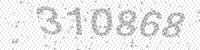
Solution: 310868